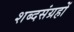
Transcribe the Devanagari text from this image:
शब्दसंग्रहों